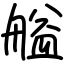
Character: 艗